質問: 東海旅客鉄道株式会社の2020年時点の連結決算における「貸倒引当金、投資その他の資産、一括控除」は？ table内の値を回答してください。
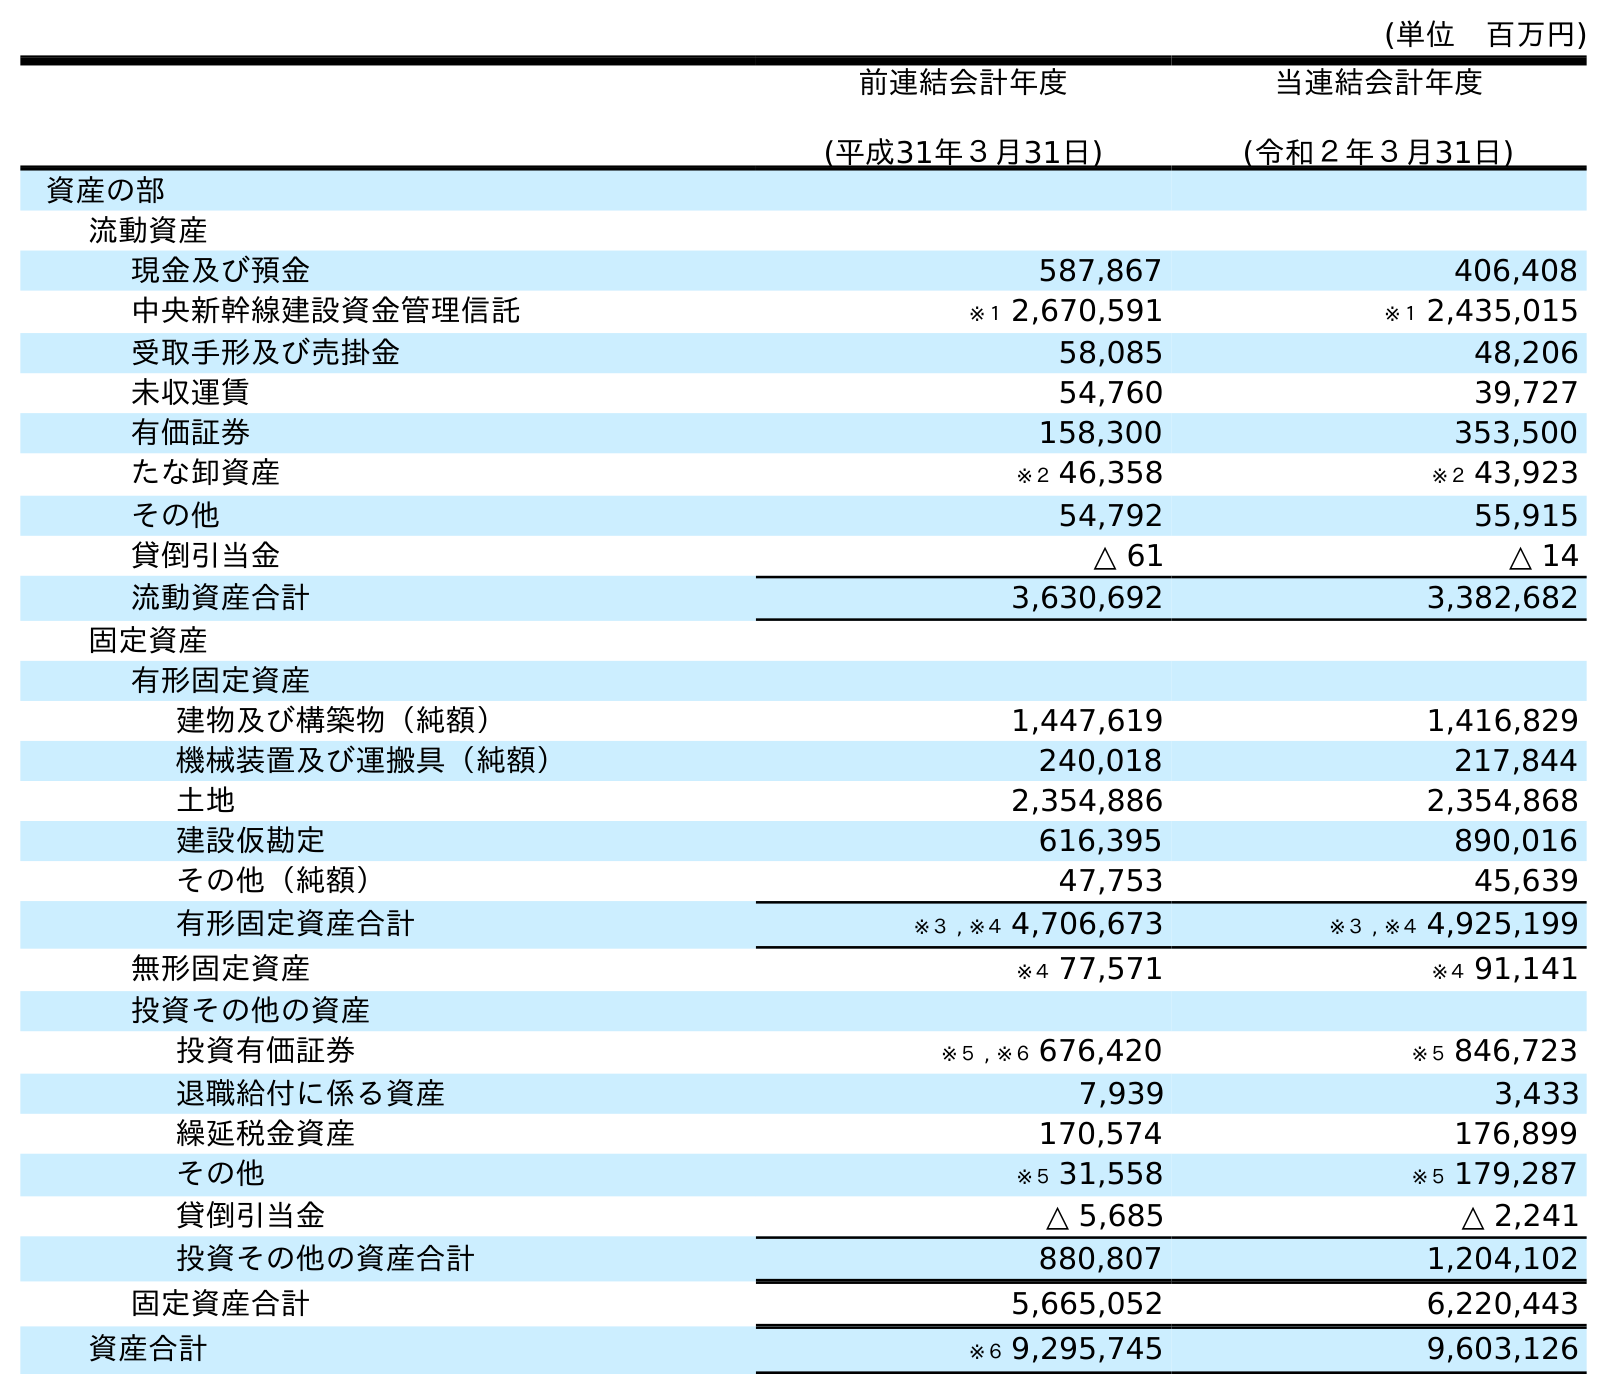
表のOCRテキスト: (単位 百万円) 前連結会計年度 (平成31年３月31日) 当連結会計年度 (令和２年３月31日) 資産の部 流動資産 現金及び預金 587,867 406,408 中央新幹線建設資金管理信託 ※１ 2,670,591 ※１ 2,435,015 受取手形及び売掛金 58,085 48,206 未収運賃 54,760 39,727 有価証券 158,300 353,500 たな卸資産 ※２ 46,358 ※２ 43,923 その他 54,792 55,915 貸倒引当金 △ 61 △ 14 流動資産合計 3,630,692 3,382,682 固定資産 有形固定資産 建物及び構築物（純額） 1,447,619 1,416,829 機械装置及び運搬具（純額） 240,018 217,844 土地 2,354,886 2,354,868 建設仮勘定 616,395 890,016 その他（純額） 47,753 45,639 有形固定資産合計 ※３ , ※４ 4,706,673 ※３ , ※４ 4,925,199 無形固定資産 ※４ 77,571 ※４ 91,141 投資その他の資産 投資有価証券 ※５ , ※６ 676,420 ※５ 846,723 退職給付に係る資産 7,939 3,433 繰延税金資産 170,574 176,899 その他 ※５ 31,558 ※５ 179,287 貸倒引当金 △ 5,685 △ 2,241 投資その他の資産合計 880,807 1,204,102 固定資産合計 5,665,052 6,220,443 資産合計 ※６ 9,295,745 9,603,126
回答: △2,241